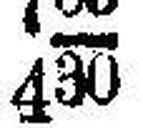
430